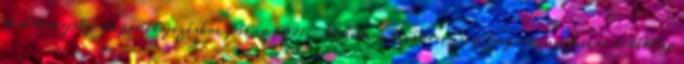
tevékenység engedélyezésére főlap 5071 - kérelem tevékenység engedélyezésére betétlap